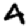
Digit: 4